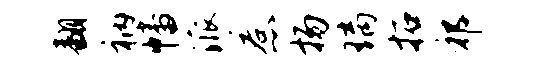
翻衲幡派惹扬璃拓祁